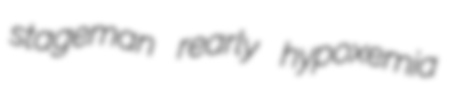
stageman rearly hypoxemia